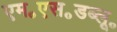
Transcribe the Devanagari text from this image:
एम॰एस॰डब्लू॰